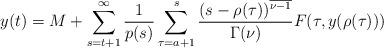
LaTeX: \begin{align*}y(t)=M+\sum_{s=t+1}^{\infty}\frac{1}{p(s)}\sum_{\tau=a+1}^{s}\frac{(s-\rho(\tau))^{\overline{\nu-1}}}{\Gamma(\nu)}F(\tau, y(\rho(\tau)))\end{align*}